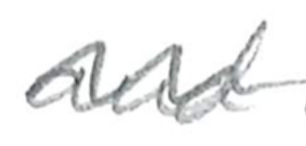
Text: and
Cross-out: wave
Writing tool: pencil